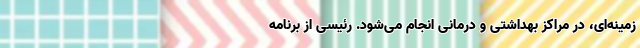
زمینه‌ای، در مراکز بهداشتی و درمانی انجام می‌شود. رئیسی از برنامه